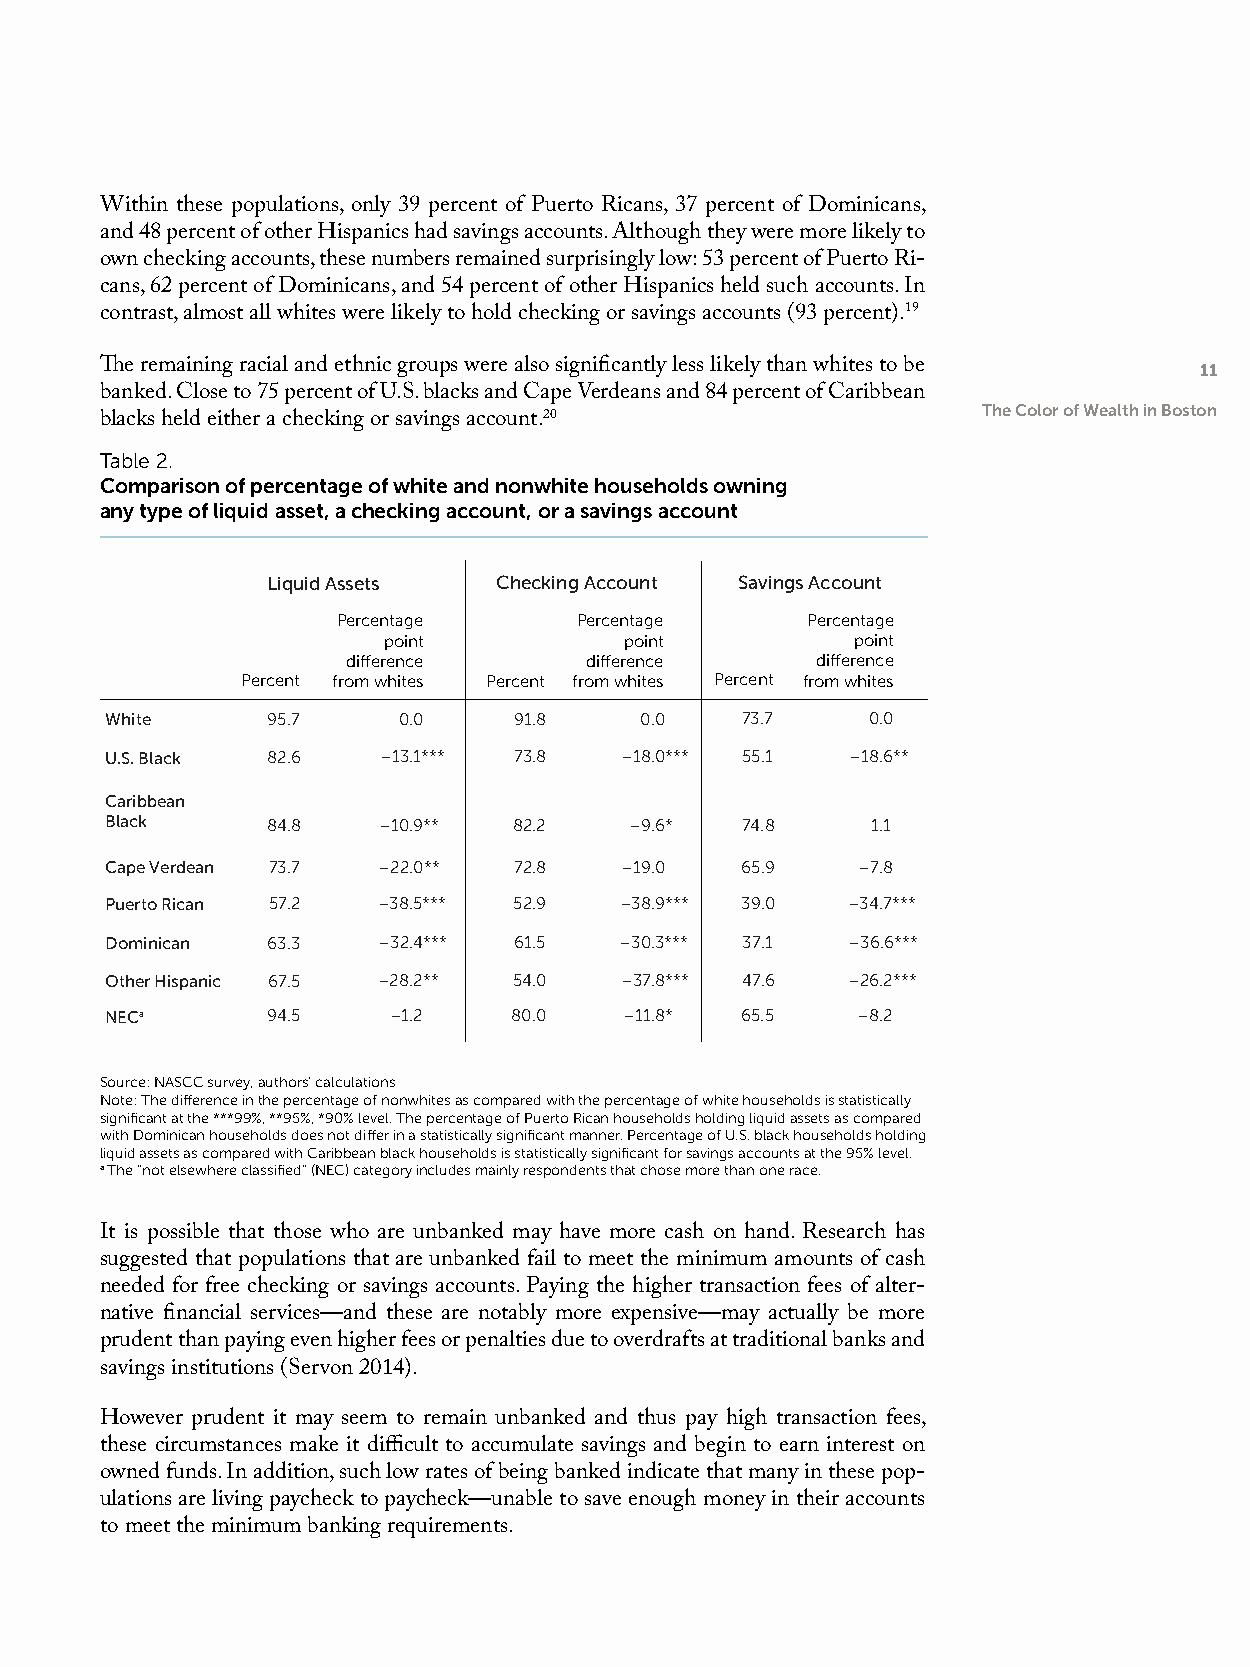
Within these populations, only 39 percent of Puerto Ricans, 37 percent of Dominicans,
 and 48 percent of other Hispanics had savings accounts. Although they were more likely to
 own checking accounts, these numbers remained surprisingly low: 53 percent of Puerto Ri-
 cans, 62 percent of Dominicans, and 54 percent of other Hispanics held such accounts. In
 contrast, almost all whites were likely to hold checking or savings accounts (93 percent).19
 The remaining racial and ethnic groups were also significantly less likely than whites to be 11
 banked. Close to 75 percent of U.S. blacks and Cape Verdeans and 84 percent of Caribbean
 The Color of Wealth in Boston
 blacks held either a checking or savings account.20
 Table 2.
 Comparison of percentage of white and nonwhite households owning
 any type of liquid asset, a checking account, or a savings account
 Liquid Assets  Checking Account Savings Account
 Percentage      Percentage     Percentage
 point           point           point
 difference      difference     difference
 Percent from whites Percent from whites Percent from whites
 White      95.7    0.0     91.8    0.0    73.7     0.0
 U.S. Black 82.6   –13.1*** 73.8   –18.0*** 55.1  –18.6**
 Caribbean
 Black      84.8   –10.9**  82.2    –9.6*  74.8     1.1
 Cape Verdean 73.7 –22.0**  72.8   –19.0   65.9    –7.8
 Puerto Rican 57.2 –38.5*** 52.9   –38.9*** 39.0  –34.7***
 Dominican  63.3   –32.4*** 61.5   –30.3*** 37.1  –36.6***
 Other Hispanic 67.5 –28.2** 54.0  –37.8*** 47.6  –26.2***
 NECa       94.5    –1.2    80.0   –11.8*  65.5    –8.2
 Source: NASCC survey, authors’ calculations
 Note: The difference in the percentage of nonwhites as compared with the percentage of white households is statistically
 significant at the ***99%, **95%, *90% level. The percentage of Puerto Rican households holding liquid assets as compared
 with Dominican households does not differ in a statistically significant manner. Percentage of U.S. black households holding
 liquid assets as compared with Caribbean black households is statistically significant for savings accounts at the 95% level.
 a The “not elsewhere classified” (NEC) category includes mainly respondents that chose more than one race.
 It is possible that those who are unbanked may have more cash on hand. Research has
 suggested that populations that are unbanked fail to meet the minimum amounts of cash
 needed for free checking or savings accounts. Paying the higher transaction fees of alter-
 native financial services—and these are notably more expensive—may actually be more
 prudent than paying even higher fees or penalties due to overdrafts at traditional banks and
 savings institutions (Servon 2014).
 However prudent it may seem to remain unbanked and thus pay high transaction fees,
 these circumstances make it difficult to accumulate savings and begin to earn interest on
 owned funds. In addition, such low rates of being banked indicate that many in these pop-
 ulations are living paycheck to paycheck—unable to save enough money in their accounts
 to meet the minimum banking requirements.